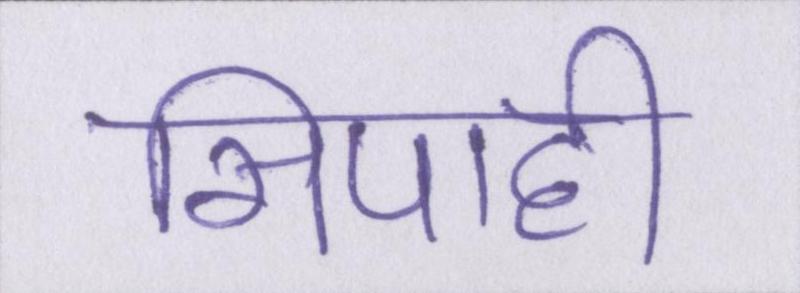
सिपाही